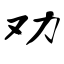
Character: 劝